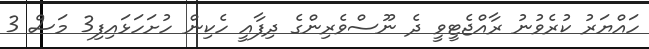
ހައްޔަރު ކުރެވުނު ރާއްޖެޓީވީ ދެ ނޫސްވެރިންގެ ދިފާއީ ހެކިން ހުށަހަޅައިފި3 މަސް 3